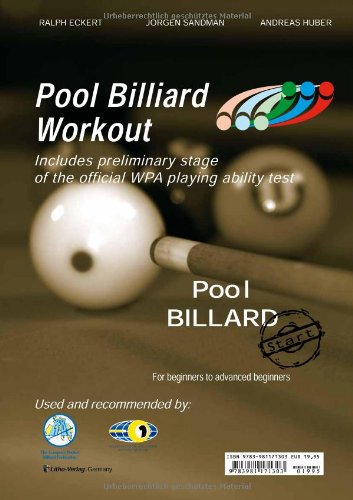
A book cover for Pool Billiard Workout: Start, for Beginners to Advanced Beginners (PAT-System Workout); Ralph Eckert; Sports & Outdoors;